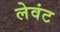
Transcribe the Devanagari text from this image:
लेवंट